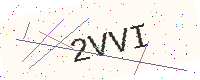
Text: 2VVI